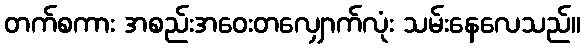
တက်စကား အစည်းအဝေးတလျှောက်လုံး သမ်းနေလေသည်။